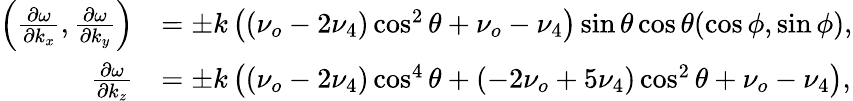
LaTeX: \begin{array}{rl}{\left(\frac{\partial\omega}{\partial k_{x}},\frac{\partial\omega}{\partial k_{y}}\right)}&{=\pm k\left(\left(\nu_{o}-2\nu_{4}\right)\cos^{2}\theta+\nu_{o}-\nu_{4}\right)\sin\theta\cos\theta(\cos\phi,\sin\phi),}\\ {\frac{\partial\omega}{\partial k_{z}}}&{=\pm k\left(\left(\nu_{o}-2\nu_{4}\right)\cos^{4}\theta+\left(-2\nu_{o}+5\nu_{4}\right)\cos^{2}\theta+\nu_{o}-\nu_{4}\right),}\end{array}